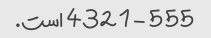
555 - 4321 است.